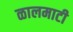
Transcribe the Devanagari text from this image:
ळालमाटी